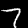
Label: 7